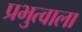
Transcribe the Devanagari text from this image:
प्रभुत्वाला